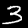
Label: 3